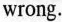
wrong.